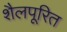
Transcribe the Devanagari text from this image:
शैलपूरित